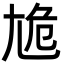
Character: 尯